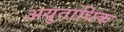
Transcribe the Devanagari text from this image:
अयुताधिक